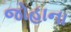
જોહાના